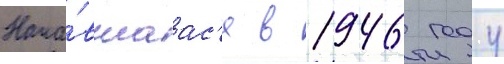
Нача́вшаас'я в 1946 году